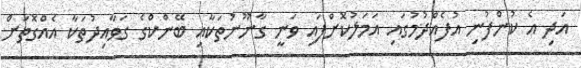
އަދި އެ ކުންފުނި އުފެއްދުމުގައި އަމަލުކޮށްފައި ވަނީ ގާނޫނުތަކާއި ބޭންކްގެ ގަވާއިދުތަކާ އެއްގޮތަށް